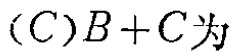
$(C)B + C为$